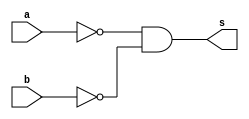
 // ------------------------- 
// Exercicio 05 - NOR 
// Nome: Gabriel Benjamim de Carvalho
// ------------------------- 
// ------------------------- 
// -- NOR 
// ------------------------- 
module norgate (output s, input a, input b); 
assign s = ~a & ~b;  
// (dependencia) 
endmodule //  
// ------------------------- 
// -- test NOR 
// ------------------------- 
module testnor; 
// ------------------------- dados locais 
reg a; // definir registrador 
// (variavel independente)
reg b; 
wire s; // definir conexao (fio) 
// (variavel dependente ) 
// ------------------------- instancia 
norgate NOR1 (s, a, b); 
// ------------------------- preparacao 
initial begin:start 
a=0;
b=0; // valor inicial 
end 
// ------------------------- parte principal 
initial begin:main 
// execucao unitaria 
$display("Exercicio 05 - Gabriel Benjamim de Carvalho - 396690"); 
$display("NOR Gate:"); 
$display("\t\t time\ta b = s"); 
// execucao permanente 
$monitor("%d\t%b %b = %b", $time, a, b, s); 
// apos uma unidade de tempo 
// mudar valor do registrador para 0 
#1 a=0;b=1; 
// apos duas unidades de tempo 
// mudar valor do registrador para 1 
#1 a=1;b=0;
#1 a=1;b=1; 
end 
endmodule // TESTNOR